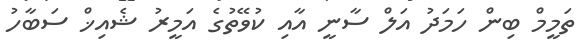
ތަމީމް ބިން ހަމަދު އަލް ސާނީ އާއި ކުވޭތުގެ އަމީރު ޝެއިޚް ސަބާހު